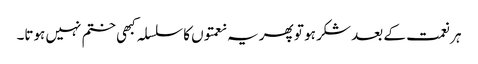
ہر نعمت کے بعد شکر ہو تو پھر یہ نعمتوں کا سلسلہ کبھی ختم نہیں ہوتا۔